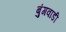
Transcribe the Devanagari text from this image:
बुंगवाडी